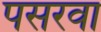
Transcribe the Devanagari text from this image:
पसरवा